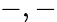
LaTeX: -,-